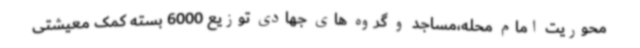
محوریت امام محله،مساجد و گروه های جهادی توزیع 6000 بسته کمک معیشتی